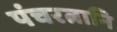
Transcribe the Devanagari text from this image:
पंचरत्नानि